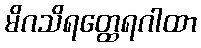
မိဂသိရတ္ထေရဂါထာ